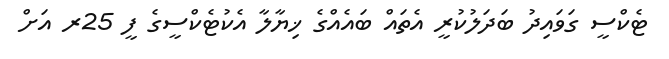
ޓެކްސީ ގަވައިދު ބަދަލުކުރީ އެތައް ބައެއްގެ ޚިޔާލާ އެކުޓެކްސީގެ ފީ 25ރ އަށް